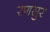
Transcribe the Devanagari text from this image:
रणसुर